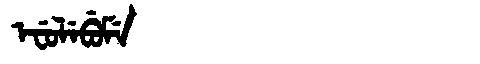
Manchu: ᡝᠸᡠᠯᡝᠪᡠᠮᡝ
Romanization: EFULEBUME